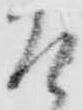
そ